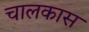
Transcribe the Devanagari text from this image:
चालकास